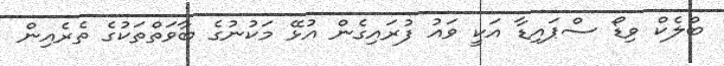
ބްލެކް ވިޑޯ ސްޕައިޑާ އަކީ ވައު ފުރައިގެން އުޅޭ މަކުނުގެ ބާވަތްތަކުގެ ތެރެއިން